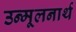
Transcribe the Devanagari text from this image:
उन्मूलनार्थ